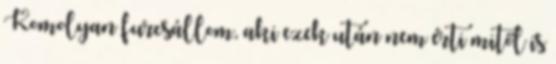
Komolyan furcsállom, aki ezek után nem érti mitől is